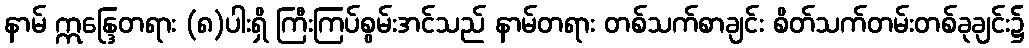
နာမ် ဣန္ဒြေတရား (၈)ပါးရှိ ကြီးကြပ်စွမ်းအင်သည် နာမ်တရား တစ်သက်စာချင်း စိတ်သက်တမ်းတစ်ခုချင်း၌